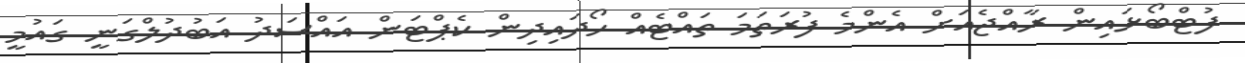
ފުޓްބޯޅައިން ރާއްޖެއަށް އެންމެ ފުރަތަމަ ތައްޓެއް ހޯދައިދިން ކެޕްޓަން އައްސަދު އަބުދުލްގަނީ ގައުމީ